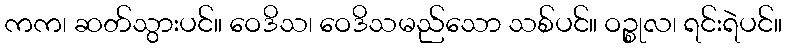
ကက၊ ဆတ်သွားပင်။ ဝေဒိသ၊ ဝေဒိသမည်သော သစ်ပင်။ ဝဉ္စုလ၊ ရင်းရဲပင်။